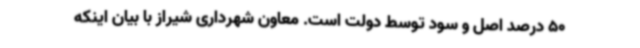
50 درصد اصل و سود توسط دولت است. معاون شهرداری شیراز با بیان اینکه